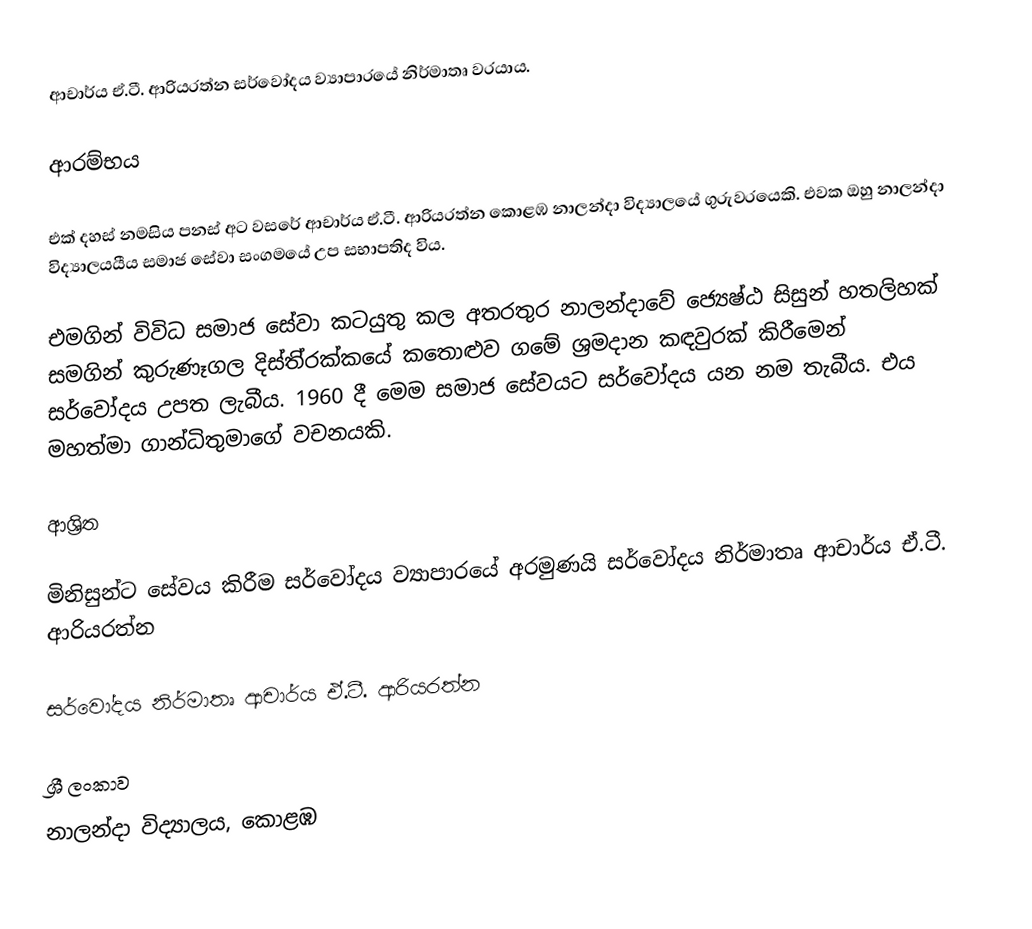
ආචාර්ය ඒ.ටී. ආරියරත්න සර්වෝදය ව්‍යාපාරයේ  නිර්මාතෘ වරයාය.

ආරම්භය

එක් දහස් නමසිය පනස් අට වසරේ ආචාර්ය ඒ.ටී. ආරියරත්න  කොළඹ නාලන්දා විද්‍යාලයේ ගුරුවරයෙකි. එවක ඔහු නාලන්දා විද්‍යාලයයීය සමාජ සේවා සංගමයේ උප සභාපතිද විය.

එමගින් විවිධ සමාජ සේවා කටයුතු කල අතරතුර නාලන්දාවේ ජ්‍යෙෂ්ඨ සිසුන් හතලිහක් සමගින් කුරුණෑගල දිස්ති‍්‍රක්කයේ කතොළුව ගමේ ශ්‍රමදාන කඳවුරක් කිරීමෙන් සර්වෝදය උපත ලැබීය. 1960 දී මෙම සමාජ සේවයට සර්වෝදය යන නම තැබීය. එය මහත්මා ගාන්ධිතුමාගේ වචනයකි.

ආශ්‍රිත

 මිනිසුන්ට සේවය කිරීම සර්වෝදය ව්‍යාපාරයේ අරමුණයි සර්වෝදය නිර්මාතෘ ආචාර්ය ඒ.ටී. ආරියරත්න

 සර්වෝදය නිර්මාතෘ ආචාර්ය ඒ.ටී. ආරියරත්න

ශ්‍රී ලංකාව
නාලන්දා විද්‍යාලය, කොළඹ